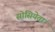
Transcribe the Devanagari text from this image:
सोसियेता